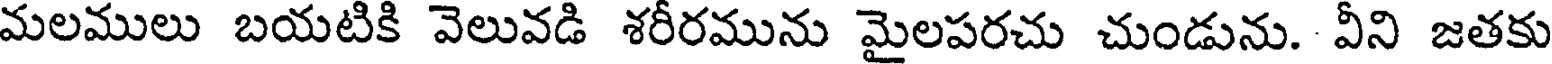
మలములు బయటికి వెలువడి శరీరమును మైలపరచు చుండును. వీని జతకు